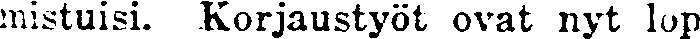
mistuisi. Korjaustyöt ovat nyt lop